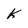
Character: K